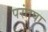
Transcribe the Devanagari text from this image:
परंतपा